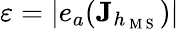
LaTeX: \varepsilon=|e_{a}(\mathbf{J}_{h_{\mathrm{~M~S~}}})|